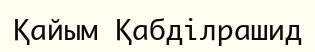
Қайым Қабділрашид